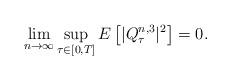
LaTeX: \begin{align*} \lim_{n\rightarrow \infty} \sup_{\tau\in [0,T]} E\left[ |Q^{n,3} _\tau|^2 \right]=0.\end{align*}